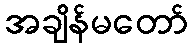
အချိန်မတော်